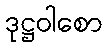
ဒုဋ္ဌဝါစော